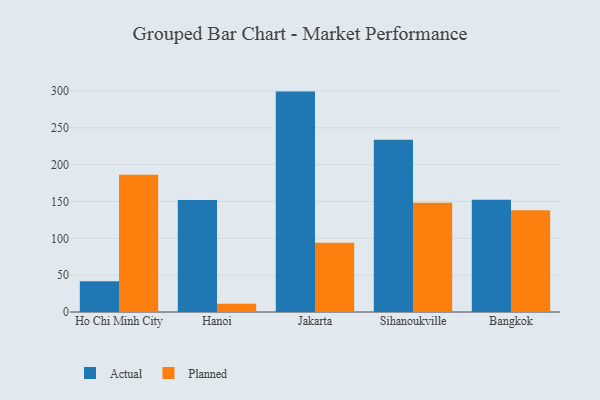
{"axis": {"x": "City", "y": "Production Output"}, "legend": ["Actual", "Planned"], "data": [{"x": "Ho Chi Minh City", "y": 41.6, "type": "Actual"}, {"x": "Ho Chi Minh City", "y": 186.1, "type": "Planned"}, {"x": "Hanoi", "y": 151.9, "type": "Actual"}, {"x": "Hanoi", "y": 11.1, "type": "Planned"}, {"x": "Jakarta", "y": 299.1, "type": "Actual"}, {"x": "Jakarta", "y": 94.1, "type": "Planned"}, {"x": "Sihanoukville", "y": 233.6, "type": "Actual"}, {"x": "Sihanoukville", "y": 148.3, "type": "Planned"}, {"x": "Bangkok", "y": 152.5, "type": "Actual"}, {"x": "Bangkok", "y": 138.2, "type": "Planned"}]}